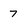
Character: 7